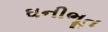
ઘનીભૂત